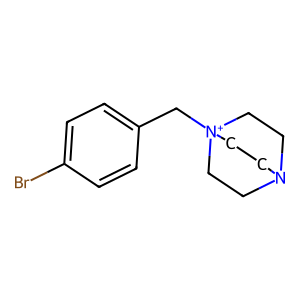
SMILES: Brc1ccc(C[N+]23CCN(CC2)CC3)cc1
Inhibits HIV replication: No